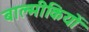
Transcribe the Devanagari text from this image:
बाल्मीकियों